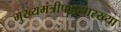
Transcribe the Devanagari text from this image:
मुख्यमंत्रीपदासारख्या